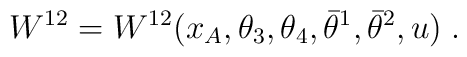
W^{12} =  W^{12}(x_A,\theta_{3},\theta_{4}, \bar\theta^1,\bar\theta^2, u)\;.